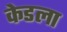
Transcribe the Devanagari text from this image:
केडला